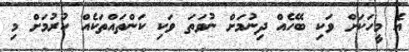
އެ މީހަކަށް ވަކި ބޭހެއް ދިނުމަށް ނުވަތަ ވަކި ކަންތައްތަކެއް ކުރުމަށް މި